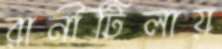
রানীটিলায়